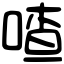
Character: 喳